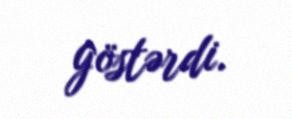
göstərdi.